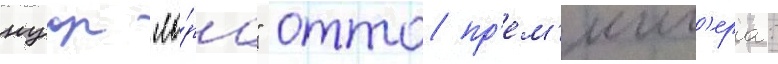
нуар "ло́ра" отто пр'ем'инг'ера: